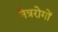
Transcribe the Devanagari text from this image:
नेत्ररोगों